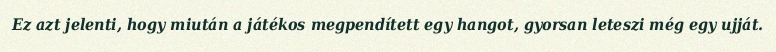
Ez azt jelenti, hogy miután a játékos megpendített egy hangot, gyorsan leteszi még egy ujját.